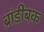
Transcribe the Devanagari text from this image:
ब्रांडीबक